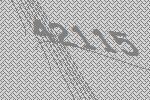
42115